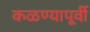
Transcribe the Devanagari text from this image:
कळण्यापूर्वी